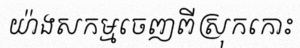
យ៉ាងសកម្មចេញពីស្រុកកោះ